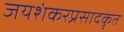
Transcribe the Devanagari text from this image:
जयशंकरप्रसादकृत